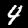
Digit: 4